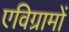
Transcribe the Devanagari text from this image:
एविग्रामों